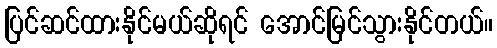
ပြင်ဆင်ထားနိုင်မယ်ဆိုရင် အောင်မြင်သွားနိုင်တယ်။